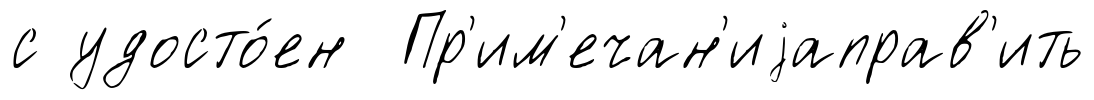
с удосто́ен Пр'им'ечан'иjаправ'ить